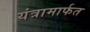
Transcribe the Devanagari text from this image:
यंत्रामार्फत